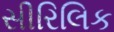
સીરિલિક